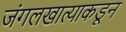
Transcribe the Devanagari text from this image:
जंगलखात्याकडून